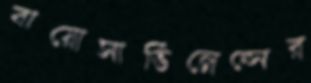
বায়োসার্ভিলেন্সের